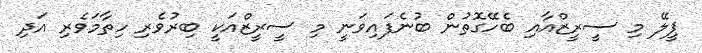
ޕީލޭ މި ސީރީޒްއާއި ބެހޭގޮތުން ބުނެފައިވަނީ މި ސީރީޒްއަކީ ބިރުވެރި ހިތާމަވެރި އަދި